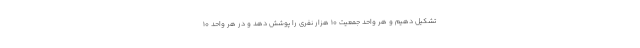
تشکیل دهیم و هر واحد جمعیت ۱۰ هزار نفری را پوشش دهد و در هر واحد ۱۰